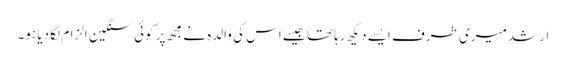
ارشد میری طرف ایسے دیکھ رہا تھا جیسے اس کی والدہ نے مجھ پر کوئی سنگین الزام لگا دیا ہو۔